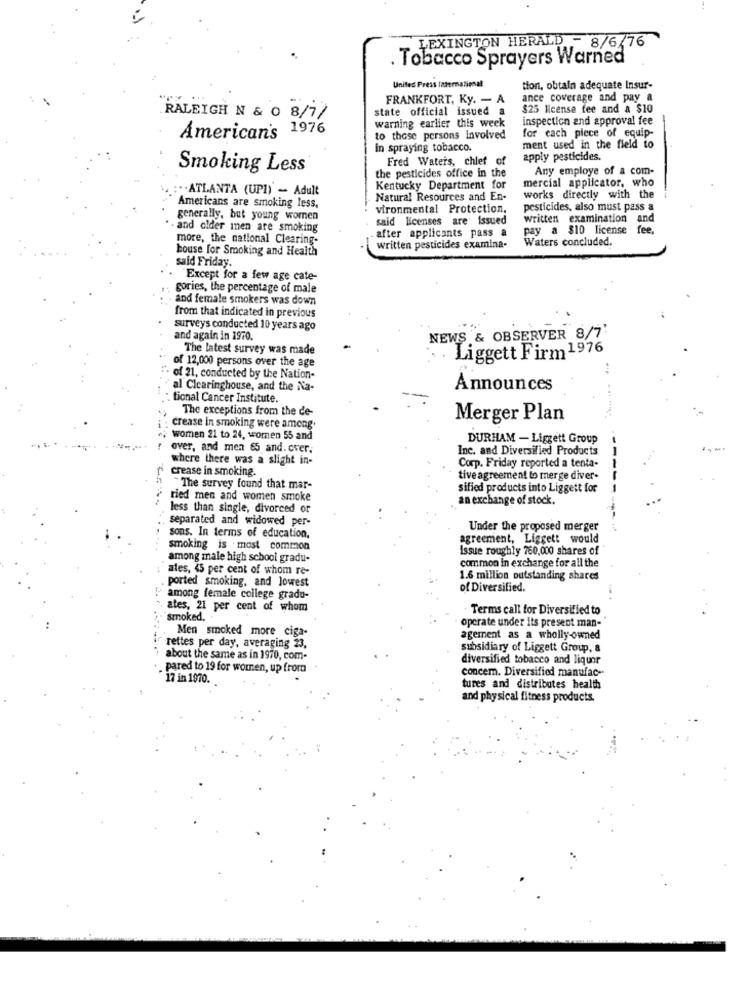
LEXINGTON HERALD - 8/6/76
. Tobacco Sprayers Warned
United Press International
tion, obtain adequate Insur-
FRANKFORT, Ky. - A
ance coverage and pay a
state official issued a
$25 license fee and a $10
RALEIGH N & 0 8/7/
inspection and approval fee
warning earlier this week
for each piece of equip-
American's 1976
to those persons involved
in spraying tobacco.
ment used in the field to
Fred Waters, chief of
apply pesticides.
Smoking Less
the pesticides office in the
Any employe of a com-
mercial applicator, who
.. ATLANTA (UPI) - Adult
Kentucky Department for
Natural Resources and En-
works directly with the
Americans are smoking less,
vironmental Protection.
pesticides, also must pass a
generally, but young women
said licenses are issued
written examination and
and older men are smoking
pay a $10 license fee,
more, the national Clearing-
after applicants pass a
Waters concluded.
house for Smoking and Health
written pesticides examina-
said Friday.
Except for a few age cate-
gories, the percentage of male
and female smokers was down
from that indicated in previous
surveys conducted 10 years ago
and again in 1970.
NEWS & OBSERVER 8/7
The latest survey was made
of 12,000 persons over the age
Liggett Firm 1976
of 21, conducted by the Nation-
al Clearinghouse, and the Na-
Announces
. tional Cancer Institute.
The exceptions from the de-
Merger Plan
crease in smoking were among.
women 21 to 24, women 55 and
DURHAM - Liggett Group
over, and men 85 and. cver.
Inc. and Diversified Products
where there was a slight in-
crease in smoking.
Corp. Friday reported a tenta-
tive agreement to merge diver-
----
"The survey found that mar-
sified products into Liggett for
ried men and women smoke
an exchange of stock.
less than single, divorced or
separated and widowed per-
Under the proposed merger
sons. In terms of education,
agreement, Liggett would
smoking is most common
Issue roughly 760,000 shares of
among male high school gradu-
common in exchange for all the
"ates, < 5 per cent of whom re-
ported smoking, and lowest
1.6 million outstanding shares
of Diversified.
among female college gradu-
ates, 21 per cent of whom
Terms call for Diversified to
"smoked. .
operate under Its present man-
Men smoked more ciga-
agement as a wholly-owned
rettes per day, averaging 23,
subsidiary of Liggett Group, &
about the same as in 1970, com-
diversified tobacco and liquor
. pared to 19 for women, up from
concem. Diversified manufac-
17 in 1970.
tures and distributes health
and physical fitness products.